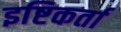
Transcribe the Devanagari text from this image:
इष्टिकर्ता